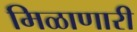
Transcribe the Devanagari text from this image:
मिळाणारी